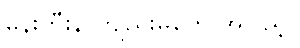
မုန်းတီးနာကျည်းမှုတွေ အပြည့်။